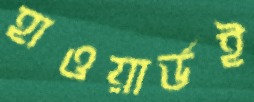
হাওয়ার্ডই